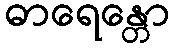
ဓာရေန္တော